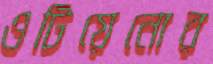
ওটিয়েনোর